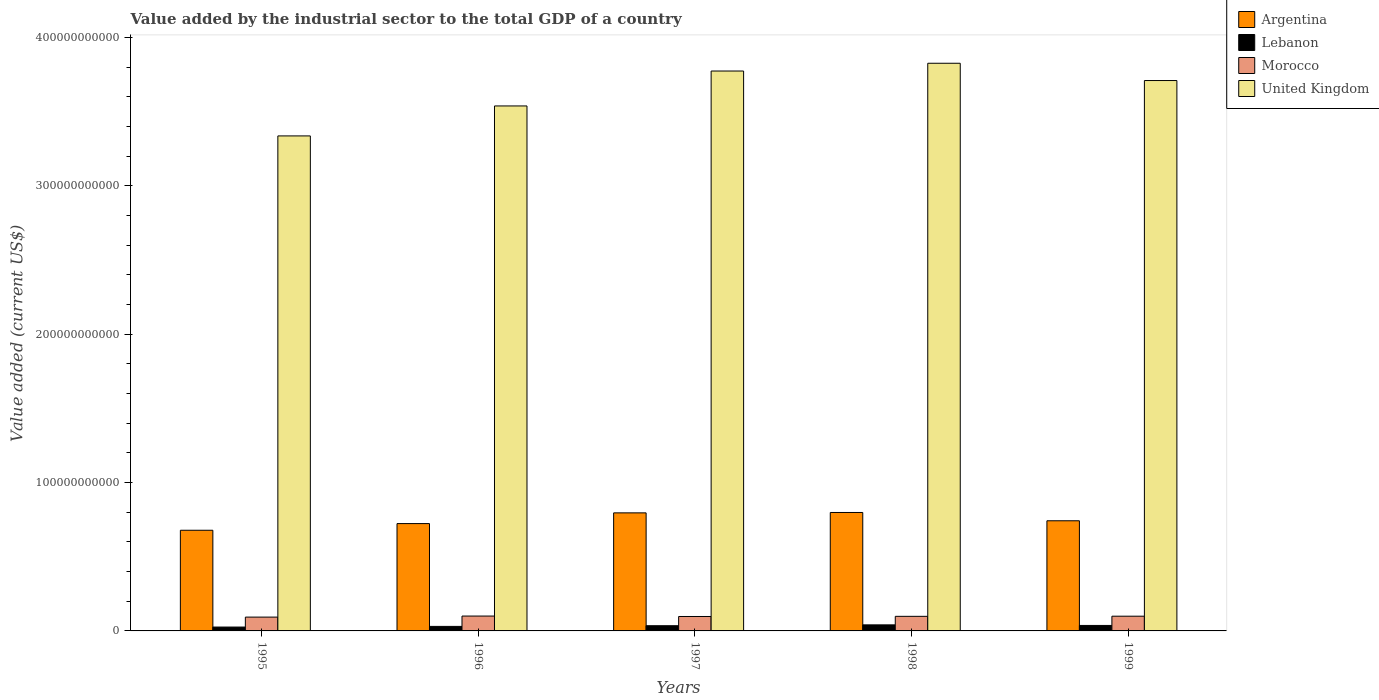
| Years | Argentina | Lebanon | Morocco | United Kingdom |
 | --- | --- | --- | --- | --- |
 | 1995 | 6.79e+10 | 2.61e+09 | 9.32e+09 | 3.34e+11 |
 | 1996 | 7.24e+10 | 3.05e+09 | 1e+10 | 3.54e+11 |
 | 1997 | 7.96e+10 | 3.51e+09 | 9.73e+09 | 3.77e+11 |
 | 1998 | 7.99e+10 | 4.08e+09 | 9.83e+09 | 3.83e+11 |
 | 1999 | 7.43e+10 | 3.69e+09 | 9.93e+09 | 3.71e+11 |